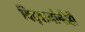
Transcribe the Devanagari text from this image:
विद्वानांनीही